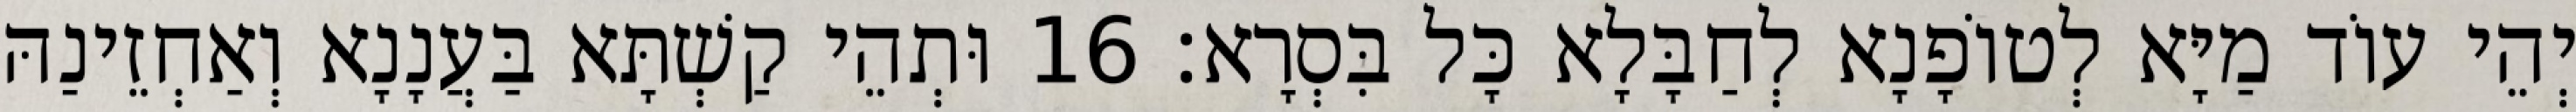
יְהֵי עוֹד מַיָּא לְטוֹפָנָא לְחַבָּלָא כָּל בִּסְרָא׃ 16 וּתְהֵי קַשְׁתָּא בַּעֲנָנָא וְאַחְזֵינַהּ